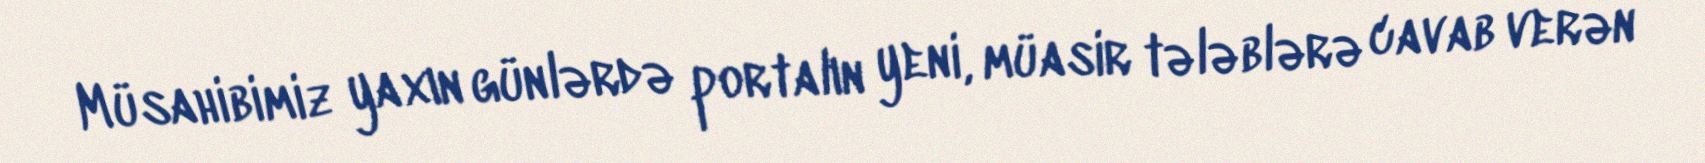
Müsahibimiz yaxın günlərdə portalın yeni, müasir tələblərə cavab verən